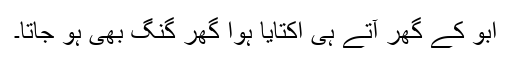
ابو کے گھر آتے ہی اکتایا ہوا گھر گنگ بھی ہو جاتا۔